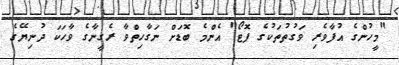
"މީހުންގެ އުފާވެރި ވަގުތުތަކުގެ ފޮޓޯ" އެންމެ ބޮޑަށް ނަގާހިތްވާ ރެގީނާގެ ވާހަކަ ދުނިޔޭގެ